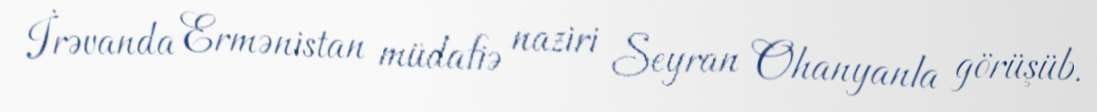
İrəvanda Ermənistan müdafiə naziri Seyran Ohanyanla görüşüb.